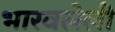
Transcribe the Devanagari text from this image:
भारवलेली